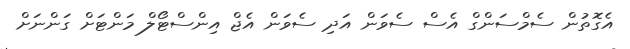
އެގޮތުން ސެމްސަންގް އެސް ސެވަން އަދި ސެވަން އެޖް އިންސްޓޯލް މަންޓަށް ގަންނަށް